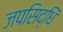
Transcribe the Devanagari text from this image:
जपसिद्धिं